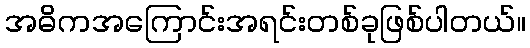
အဓိကအကြောင်းအရင်းတစ်ခုဖြစ်ပါတယ်။